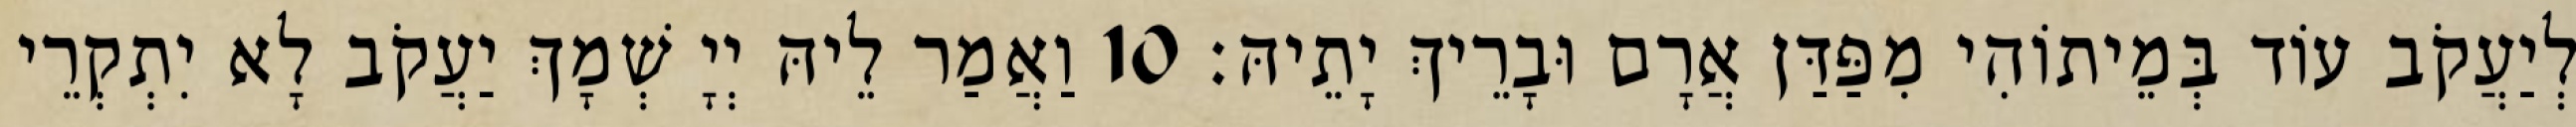
לְיַעֲקֹב עוֹד בְּמֵיתוֹהִי מִפַּדַּן אֲרָם וּבָרֵיךְ יָתֵיהּ׃ 10 וַאֲמַר לֵיהּ יְיָ שְׁמָךְ יַעֲקֹב לָא יִתְקְרֵי